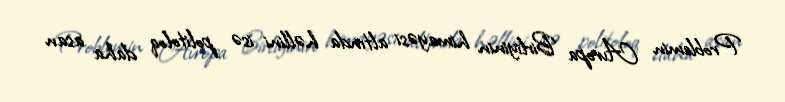
Problemin Avropa Birliyinin himayəsi altında həllini isə politoloq daha asan